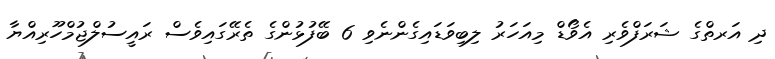
ދި އަރތްގެ ޝަރަފްވެރި އެވޯޑް މިއަހަރު ލިބިވަޑައިގެންނެވި 6 ބޭފުޅުންގެ ތެރޭގައިވެސް ރައީސުލްޖުމްހޫރިއްޔާ